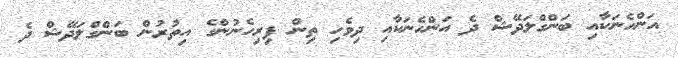
އަންހެނަކާއި ބަންގްލަދޭޝް ދެ އަންހެނަކާއި ދިވެހި ތިން ފިރިހެނުންގެ އިތުރުން ބަންގްލަދޭޝް ދެ